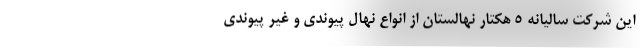
این شرکت سالیانه 5 هکتار نهالستان از انواع نهال پیوندی و غیر پیوندی